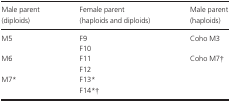
<table><thead><tr><td><b>Male parent (diploids)</b></td><td><b>Female parent (haploids and diploids)</b></td><td><b>Male parent (haploids)</b></td></tr></thead><tbody><tr><td rowspan="2">M5</td><td>F9</td><td rowspan="2">Coho M3</td></tr><tr><td>F10</td></tr><tr><td rowspan="2">M6</td><td>F11</td><td rowspan="4">Coho M7†</td></tr><tr><td>F12</td></tr><tr><td rowspan="2">M7*</td><td>F13*</td></tr><tr><td>F14*†</td></tr></tbody></table>